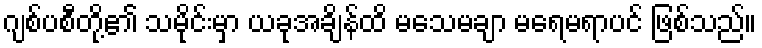
ဂျစ်ပစီတို့၏ သမိုင်းမှာ ယခုအချိန်ထိ မသေမချာ မရေမရာပင် ဖြစ်သည်။